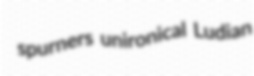
spurners unironical Ludian